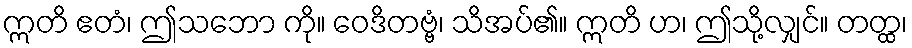
ဣတိ ဧတံ၊ ဤသဘော ကို။ ဝေဒိတဗ္ဗံ၊ သိအပ်၏။ ဣတိ ဟ၊ ဤသို့လျှင်။ တတ္ထ၊